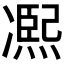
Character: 𠘑